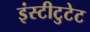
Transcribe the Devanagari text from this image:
इंस्टीटुटेट